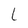
Character: L